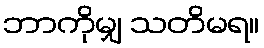
ဘာကိုမျှ သတိမရ။